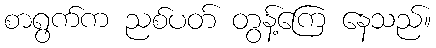
စာရွက်က ညစ်ပတ် တွန့်ကြေ နေသည်။